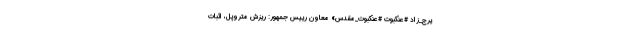
یرج_زاد #عنکبوت #عنکبوت_مقدس» معاون رییس جمهور: ریزش متروپل، اثبات